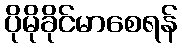
ပိုမိုခိုင်မာစေရန်